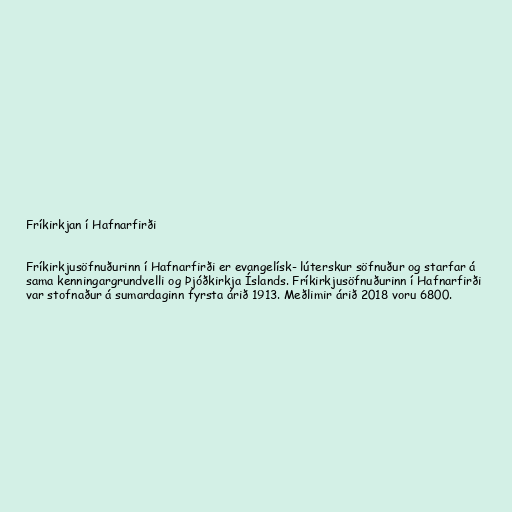
Fríkirkjan í Hafnarfirði

Fríkirkjusöfnuðurinn í Hafnarfirði er evangelísk- lúterskur söfnuður og starfar á
sama kenningargrundvelli og Þjóðkirkja Íslands. Fríkirkjusöfnuðurinn í Hafnarfirði
var stofnaður á sumardaginn fyrsta árið 1913. Meðlimir árið 2018 voru 6800.